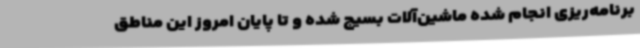
برنامه‌ریزی انجام شده ماشین‌آلات بسیج شده و تا پایان امروز این مناطق